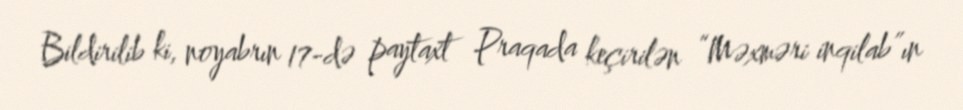
Bildirilib ki, noyabrın 17-də paytaxt Praqada keçirilən “Məxməri inqilab”ın